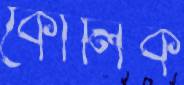
কোলিক